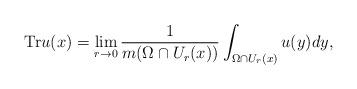
LaTeX: \begin{align*} \mathrm{Tr} u(x)=\lim_{r\to 0} \frac{1}{m(\Omega\cap U_r(x))}\int_{\Omega\cap U_r(x)}u(y)dy,\end{align*}